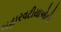
બહારવટીયાઓની